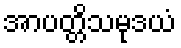
အာပတ္တိသမုဒယံ